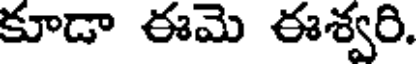
కూడా ఈమె ఈశ్వరి.